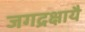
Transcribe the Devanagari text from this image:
जगद्रक्षायै